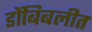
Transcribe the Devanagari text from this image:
डोंबिबलीत